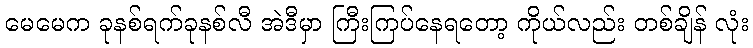
မေမေက ခုနစ်ရက်ခုနစ်လီ အဲဒီမှာ ကြီးကြပ်နေရတော့ ကိုယ်လည်း တစ်ချိန် လုံး